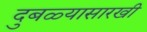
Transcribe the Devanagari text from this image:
दुबळ्यासारखी